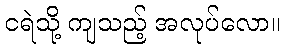
ငရဲသို့ ကျသည့် အလုပ်လော။